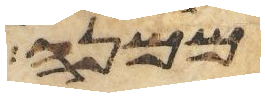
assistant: ממנה